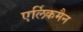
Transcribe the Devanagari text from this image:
एर्लिकमैन